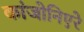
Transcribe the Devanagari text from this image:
कांजोनिएरे